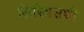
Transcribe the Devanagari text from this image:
सिरियसशी